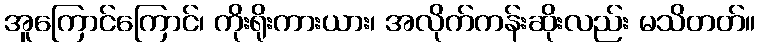
အူကြောင်ကြောင်၊ ကိုးရိုးကားယား၊ အလိုက်ကန်းဆိုးလည်း မသိတတ်။